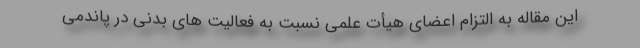
این مقاله به التزام اعضای هیأت علمی نسبت به فعالیت های بدنی در پاندمی